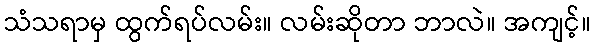
သံသရာမှ ထွက်ရပ်လမ်း။ လမ်းဆိုတာ ဘာလဲ။ အကျင့်။